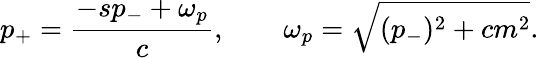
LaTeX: p_{+}={\frac{-sp_{-}+\omega_{p}}{c}},\qquad\omega_{p}=\sqrt{(p_{-})^{2}+cm^{2}}.